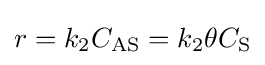
r=k_{2}C_{\mathrm {AS} }=k_{2}\theta C_{\mathrm {S} }